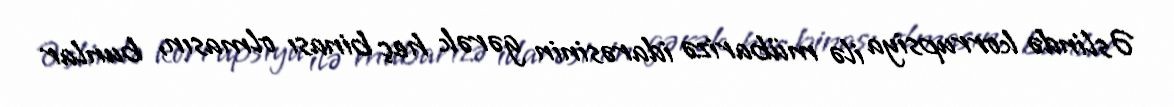
Əslində korrupsiya ilə mübarizə idarəsinin gərək heç binası olmasın, bunlar